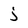
Character: j